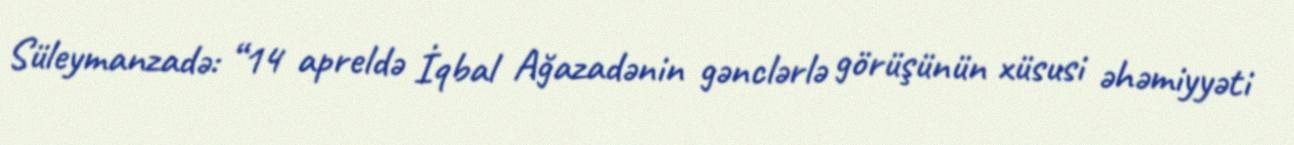
Süleymanzadə: “14 apreldə İqbal Ağazadənin gənclərlə görüşünün xüsusi əhəmiyyəti